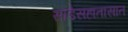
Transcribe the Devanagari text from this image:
साडेसहातासात